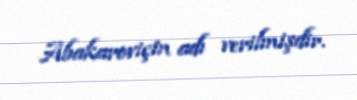
Abakaroviçin adı verilmişdir.